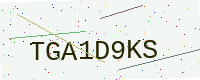
Text: TGA1D9KS